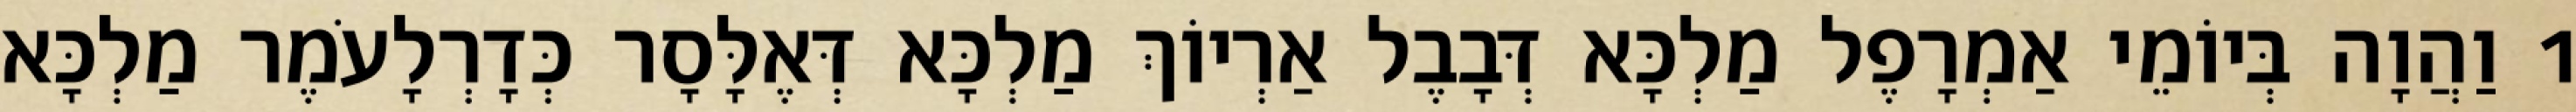
1 וַהֲוָה בְּיוֹמֵי אַמְרָפֶל מַלְכָּא דְּבָבֶל אַרְיוֹךְ מַלְכָּא דְּאֶלָּסָר כְּדָרְלָעֹמֶר מַלְכָּא